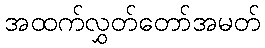
အထက်လွှတ်တော်အမတ်